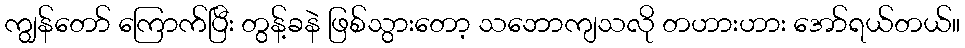
ကျွန်တော် ကြောက်ပြီး တွန့်ခနဲ ဖြစ်သွားတော့ သဘောကျသလို တဟားဟား အော်ရယ်တယ်။